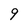
Character: 9